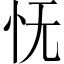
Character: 怃